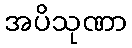
အပိသုဏာ